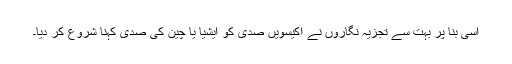
اسی بنا پر بہت سے تجزیہ نگاروں نے اکیسویں صدی کو ایشیا یا چین کی صدی کہنا شروع کر دیا۔